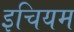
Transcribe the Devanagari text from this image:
इचियम